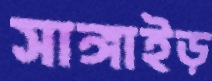
সাঙ্গাইড়